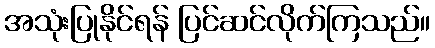
အသုံးပြုနိုင်ရန် ပြင်ဆင်လိုက်ကြသည်။